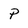
Character: P